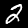
Label: 2